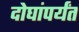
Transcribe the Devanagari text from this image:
दोघांपर्यंत